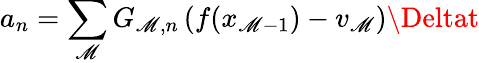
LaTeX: a_{n}=\sum_{\mathscr{M}}G_{\mathscr{M},n}\left(f(x_{\mathscr{M}-1})-v_{\mathscr{M}}\right)\Deltat